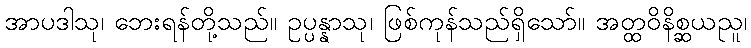
အာပဒါသု၊ ဘေးရန်တို့သည်။ ဥပ္ပန္နာသု၊ ဖြစ်ကုန်သည်ရှိသော်။ အတ္ထဝိနိစ္ဆယညူ၊